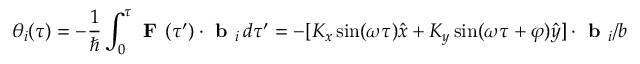
\theta _ { i } ( \tau ) = - \frac { 1 } { \hbar } \int _ { 0 } ^ { \tau } \textbf { F } ( \tau ^ { \prime } ) \cdot \textbf { b } _ { i } \, d \tau ^ { \prime } = - [ K _ { x } \sin ( \omega \tau ) \hat { x } + K _ { y } \sin ( \omega \tau + \varphi ) \hat { y } ] \cdot \textbf { b } _ { i } / b